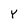
Character: Y